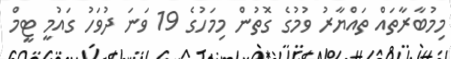
މިމުބާރާތައް ތައްޔާރު ވުމުގެ ގޮތުން މިމަހުގެ 19 ވަނަ ދުވަހު ގައުމީ ޓީމް